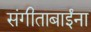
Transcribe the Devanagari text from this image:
संगीताबाईंना